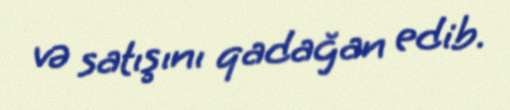
və satışını qadağan edib.